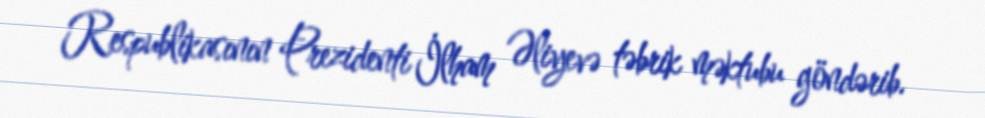
Respublikasının Prezidenti İlham Əliyevə təbrik məktubu göndərib.